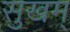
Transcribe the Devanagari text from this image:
सुखम्